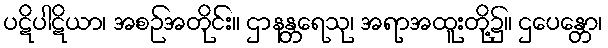
ပဋိပါဋိယာ၊ အစဉ်အတိုင်း။ ဌာနန္တရေသု၊ အရာအထူးတို့၌။ ဌပေန္တော၊